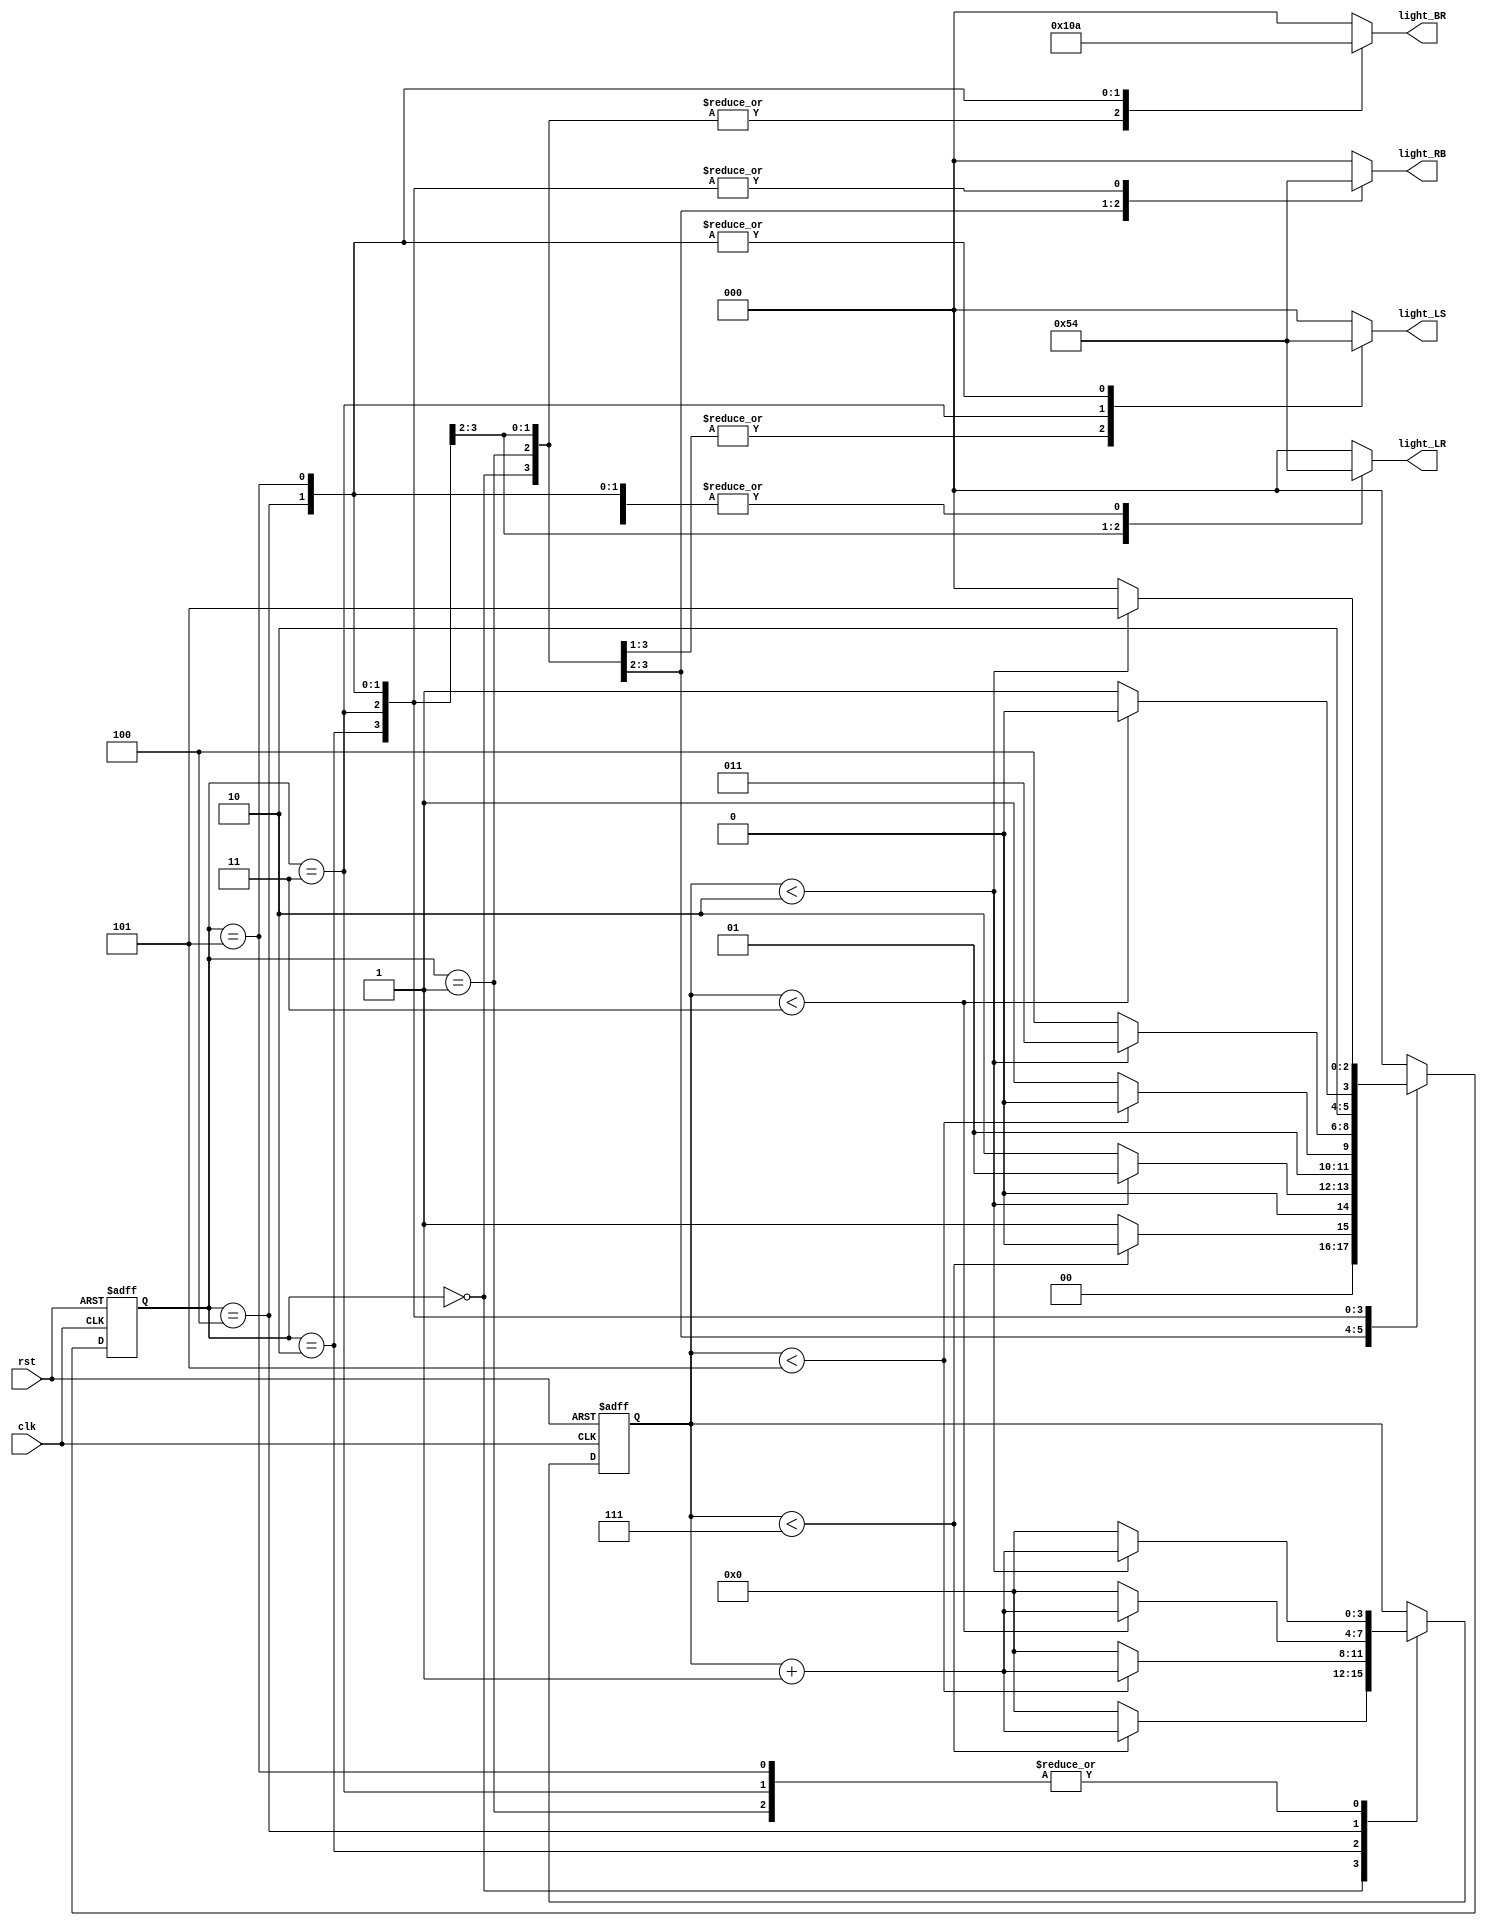
module TIntersectionController(

    input clk,rst,
    output reg [2:0]light_LS,
    output reg [2:0]light_BR,
    output reg [2:0]light_LR,
    output reg [2:0]light_RB
    );
    
    parameter  S1=0, S2=1, S3 =2, S4=3, S5=4,S6=5;
    reg [3:0]count;
    reg[2:0] ps;
    parameter sec7=7,sec5=5,sec2=2,sec3=3;

    
    always@(posedge clk or posedge rst)
        begin
        if(rst==1)
        begin
        ps<=S1;
        count<=0;
        end
        else
        
            
            case(ps)
                S1: if(count<sec7)
                        begin
                        ps<=S1;
                        count<=count+1;
                        end
                    else
                        begin
                        ps<=S2;
                        count<=0;
                        end
                S2: if(count<sec2)
                        begin
                        ps<=S2;
                        count<=count+1;
                        end

                    else
                        begin
                        ps<=S3;
                        count<=0;
                        end
                S3: if(count<sec5)
                        begin
                        ps<=S3;
                        count<=count+1;
                        end

                    else
                        begin
                        ps<=S4;
                        count<=0;
                        end
                S4:if(count<sec2)
                        begin
                        ps<=S4;
                        count<=count+1;
                        end

                    else
                        begin
                        ps<=S5;
                        count<=0;
                        end
                S5:if(count<sec3)
                        begin
                        ps<=S5;
                        count<=count+1;
                        end

                    else
                        begin
                        ps<=S6;
                        count<=0;
                        end

                S6:if(count<sec2)
                        begin
                        ps<=S6;
                        count<=count+1;
                        end

                    else
                        begin
                        ps<=S1;
                        count<=0;
                        end
                default: ps<=S1;
                endcase
            end   

            always@(ps)    
            begin
                
                case(ps)
                     
                    S1:
                    begin
                       light_LS<=3'b001;
                       light_RB<=3'b001;
                       light_LR<=3'b100;
                       light_BR<=3'b100;
                    end
                    S2:
                    begin 
                       light_LS<=3'b001;
                       light_RB<=3'b010;
                       light_LR<=3'b100;
                       light_BR<=3'b100;
                    end
                    S3:
                    begin
                       light_LS<=3'b001;
                       light_RB<=3'b100;
                       light_LR<=3'b001;
                       light_BR<=3'b100;
                    end
                    S4:
                    begin
                       light_LS<=3'b010;
                       light_RB<=3'b100;
                       light_LR<=3'b010;
                       light_BR<=3'b100;
                    end
                    S5:
                    begin
                       light_LS<=3'b100;
                       light_RB<=3'b100;
                       light_LR<=3'b100;
                       light_BR<=3'b001;
                    end
                    S6:
                    begin 
                       light_LS<=3'b100;
                       light_RB<=3'b100;
                       light_LR<=3'b100;
                       light_BR<=3'b010;
                    end
                    default:
                    begin 
                       light_LS<=3'b000;
                       light_RB<=3'b000;
                       light_LR<=3'b000;
                       light_BR<=3'b000;
                    end
                    endcase
            end                
              

endmodule